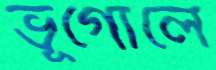
ভূগোলে